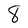
Character: 8